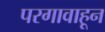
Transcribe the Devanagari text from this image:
परगावाहून